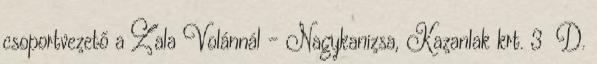
csoportvezető a Zala Volánnál – Nagykanizsa, Kazanlak krt. 3 D.